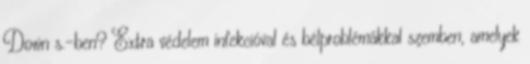
Down s.-ben? Extra védelem infekcióval és bélproblémákkal szemben, amelyek